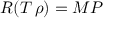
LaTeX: R ( T \, \rho ) = M P